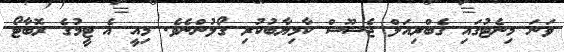
ވަނަ މިނެޓުގައި ގެބްރިއަލް ޖެސޫސް ކާމިޔާބުކުރި ގޯލުންނެވެ. މިއީ އެ ޓީމުގެ ރޮބާޓޯ